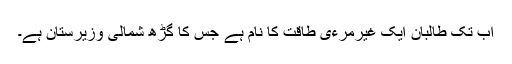
اب تک طالبان ایک غیرمرءی طاقت کا نام ہے جس کا گڑھ شمالی وزیرستان ہے۔